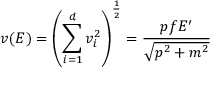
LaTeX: v ( E ) = \left( \sum _ { i = 1 } ^ { d } v _ { i } ^ { 2 } \right) ^ { \frac { 1 } { 2 } } = \frac { p f E ^ { \prime } } { \sqrt { p ^ { 2 } + m ^ { 2 } } }